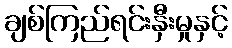
ချစ်ကြည်ရင်းနှီးမှုနှင့်